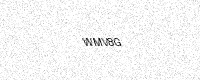
Text: WMV8G